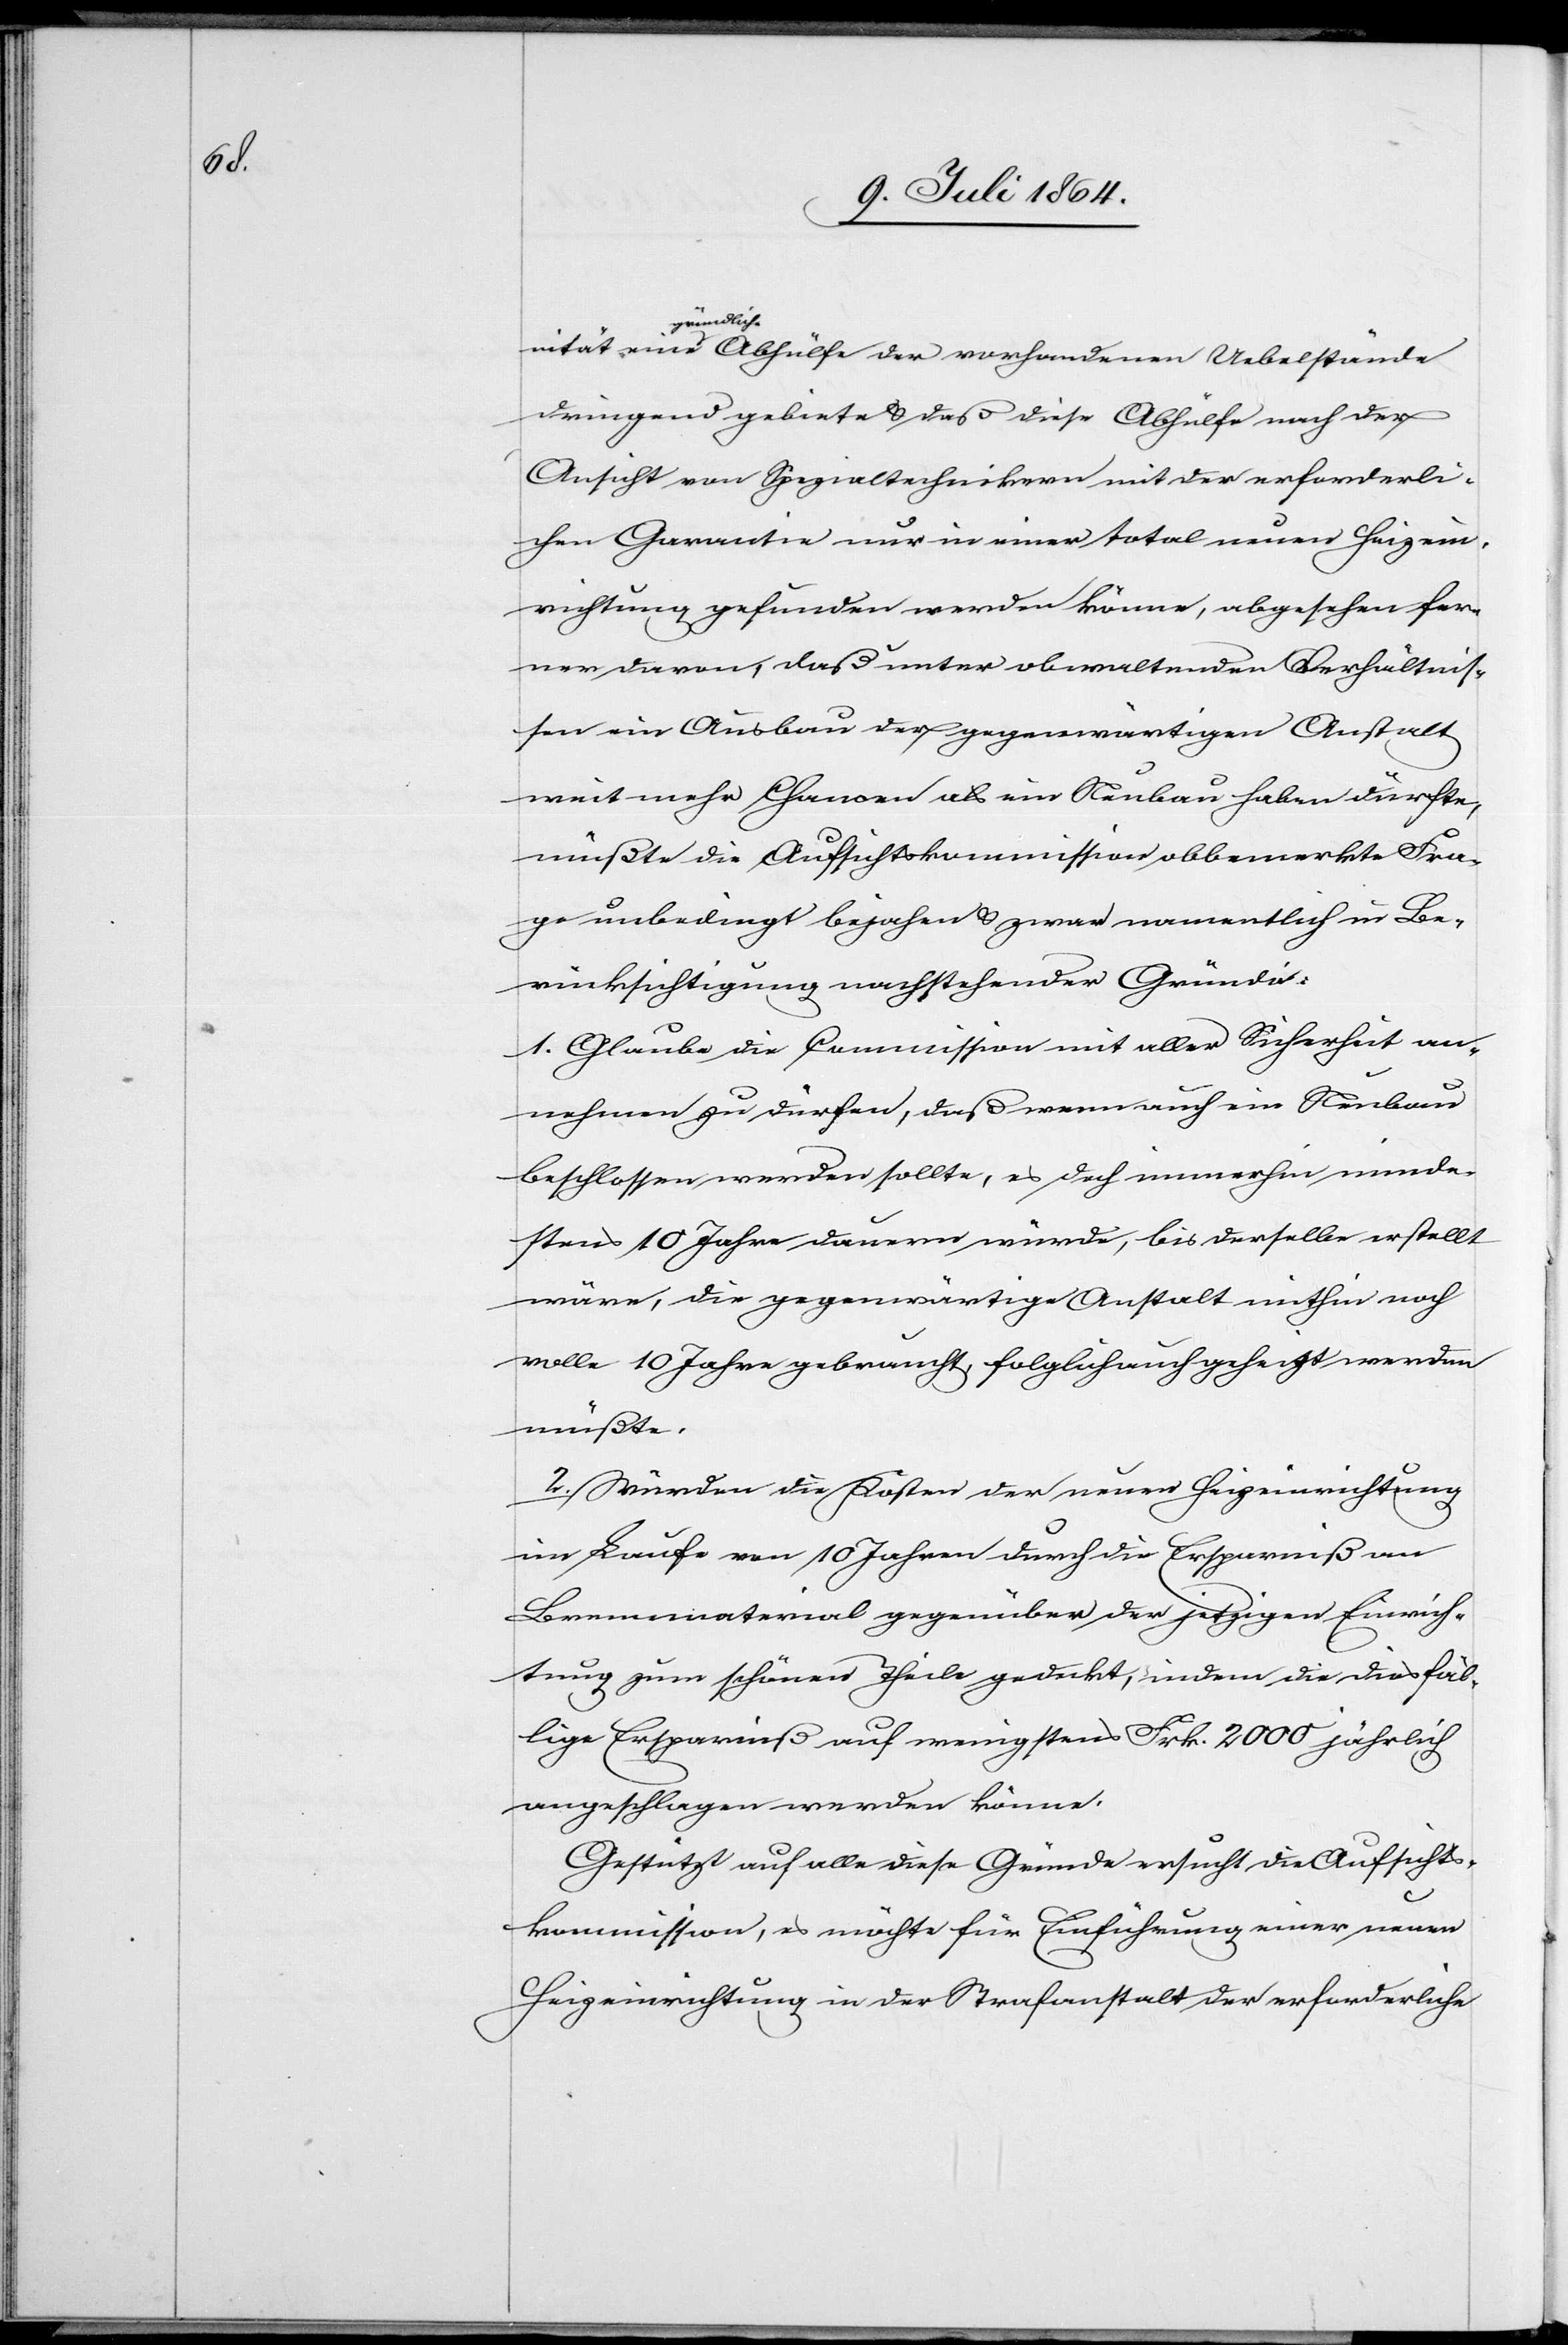
eine

gründliche
dringend gebiete u. daß diese Abhülfe nach der
Ansicht von Spezialtechnikern mit der erforderli¬
chen Garantie nur in einer total neuen Heizein¬
richtung gefunden werden könne, abgesehen fer¬
ner davon, daß unter obwaltenden Verhältnis¬
sen ein Ausbau der gegenwärtigen Anstalt
weit mehr Chancen als ein Neubau haben dürfte,
müßte die Aufsichtskommission obbemerkte Fra¬
ge unbedingt bejahen u. zwar namentlich in Be¬
rücksichtigung nachstehender Gründe:
1. Glaube die Commission mit aller Sicherheit an¬
nehmen zu dürfen, daß wenn auch ein Neubau
beschlossen werden sollte, es doch immerhin minde¬
stens 10 Jahre dauern würde, bis derselbe erstellt
wäre, die gegenwärtige Anstalt mithin noch
volle 10 Jahre gebraucht, folglich auch geheizt werden
müßte.
2. Würden die Kosten der neuen Heizeinrichtung
im Laufe von 10 Jahren durch die Ersparniß an
Brennmaterial gegenüber der jetzigen Einrich¬
tung zum schönen Theile gedeckt, indem die diesfäl¬
lige Ersparniß auf wenigstens Frk. 2000 jährlich
angeschlagen werden könne.
Gestützt auf alle diese Gründe ersucht die Aufsichts¬
kommission, es möchte für Einführung einer neuen
Heizeinrichtung in der Strafanstalt der erforderliche